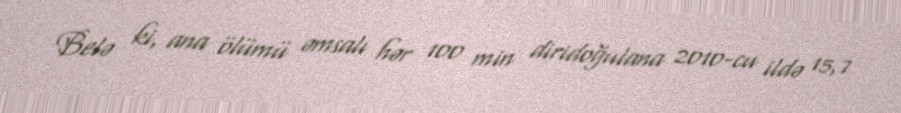
Belə ki, ana ölümü əmsalı hər 100 min diridoğulana 2010-cu ildə 15,7